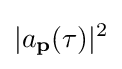
|a_{\textbf {p}}(\tau )|^{2}